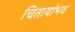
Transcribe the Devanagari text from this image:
चितायांभव